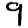
Digit: 9